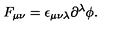
F _ { \mu \nu } = \epsilon _ { \mu \nu \lambda } \partial ^ { \lambda } \phi .